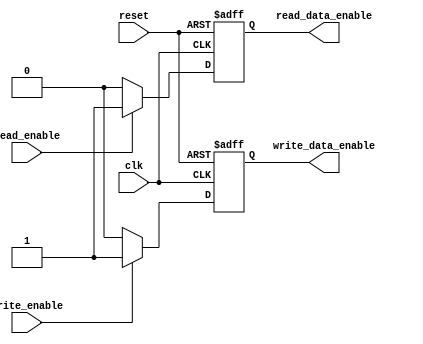
module fifo_timing_control(
    input wire clk,
    input wire reset,
    input wire read_enable,
    input wire write_enable,
    output reg read_data_enable,
    output reg write_data_enable
);

always @(posedge clk or posedge reset) begin
    if (reset) begin
        read_data_enable <= 0;
        write_data_enable <= 0;
    end else begin
        if (read_enable) begin
            read_data_enable <= 1;
        end else begin
            read_data_enable <= 0;
        end
        if (write_enable) begin
            write_data_enable <= 1;
        end else begin
            write_data_enable <= 0;
        end
    end
end

endmodule